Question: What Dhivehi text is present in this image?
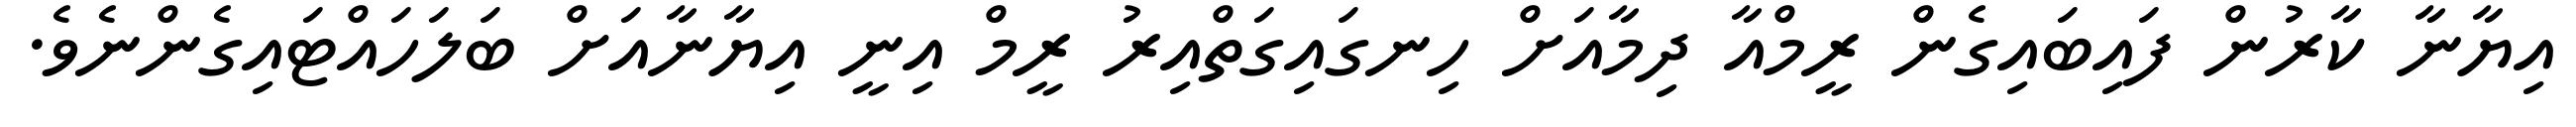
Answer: އިޔާނާ ކާރުން ފައިބައިގެން ރީމްއާ ދިމާއަށް ހިނގައިގަތްއިރު ރީމް އިނީ އިޔާނާއަށް ބަލަހައްޓައިގެންނެވެ.